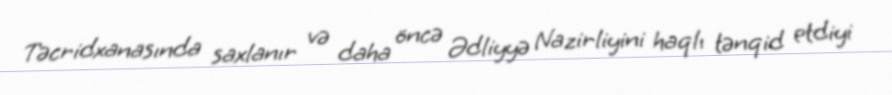
Təcridxanasında saxlanır və daha öncə Ədliyyə Nazirliyini haqlı tənqid etdiyi